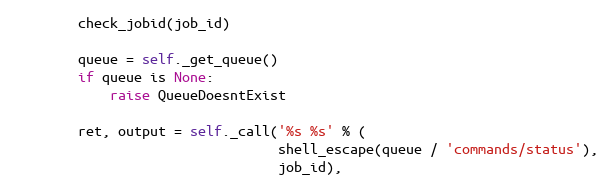
Language: Python
        check_jobid(job_id)

        queue = self._get_queue()
        if queue is None:
            raise QueueDoesntExist

        ret, output = self._call('%s %s' % (
                                 shell_escape(queue / 'commands/status'),
                                 job_id),